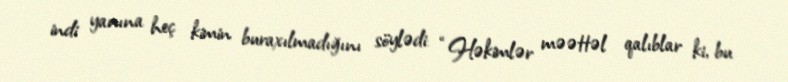
indi yanına heç kimin buraxılmadığını söylədi: “Həkimlər məəttəl qalıblar ki, bu